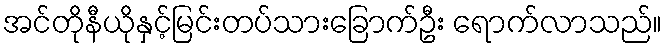
အင်တိုနီယိုနှင့်မြင်းတပ်သားခြောက်ဦး ရောက်လာသည်။